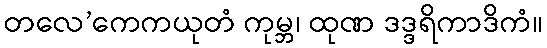
တလေ’ကေကယုတံ ကုမ္ဘ၊ ထုဏ ဒဒ္ဒရိကာဒိကံ။